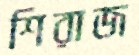
শিরাজ